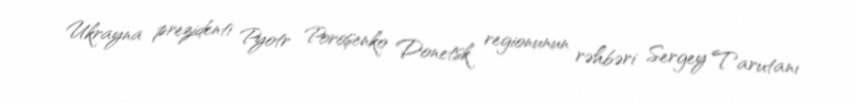
Ukrayna prezidenti Pyotr Poroşenko Donetsk regionunun rəhbəri Sergey Tarutanı